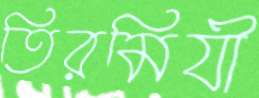
তিরমিযী